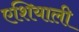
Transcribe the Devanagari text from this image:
एशियाली